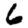
Digit: 6